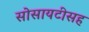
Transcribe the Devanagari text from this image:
सोसायटीसह